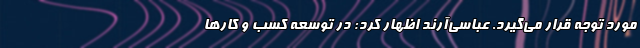
مورد توجه قرار می‌گیرد. عباسی‌آرند اظهار کرد: در توسعه کسب و کارها